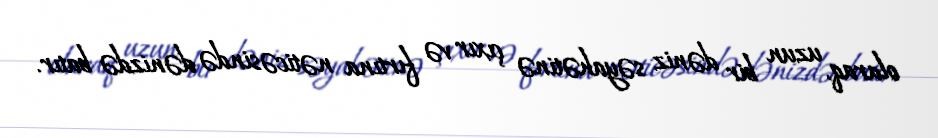
olaraq, uzun bir dəniz səyahətinə çıxır və fırtına nəticəsində dənizdə batır.